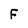
Character: F